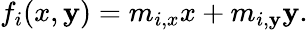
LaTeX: f_{i}(x,\mathbf{y})=m_{i,x}x+m_{i,\mathbf{y}}\mathbf{y}.